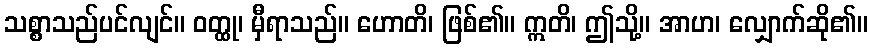
သစ္စာသည်ပင်လျင်။ ဝတ္ထု၊ မှီရာသည်။ ဟောတိ၊ ဖြစ်၏။ ဣတိ၊ ဤသို့။ အာဟ၊ လျှောက်ဆို၏။